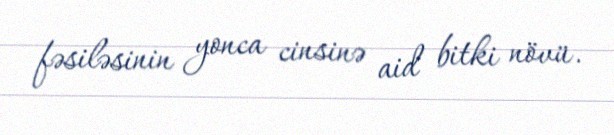
fəsiləsinin yonca cinsinə aid bitki növü.